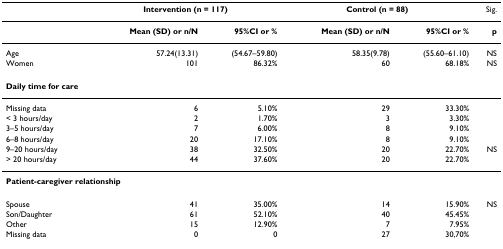
|  | <COLSPAN=2> Intervention (n = 117) | <COLSPAN=2> Control (n = 88) | Sig. |
 | --- | --- | --- | --- | --- | --- |
 |  | Mean (SD) or n/N | 95%CI or % | Mean (SD) or n/N | 95%CI or % | p |
 | Age | 57.24(13.31) | (54.67–59.80) | 58.35(9.78) | (55.60–61.10) | NS |
 | Women | 101 | 86.32% | 60 | 68.18% | NS |
 | <COLSPAN=6> Daily time for care |
 | Missing data | 6 | 5.10% | 29 | 33.30% |  |
 | < 3 hours/day | 2 | 1.70% | 3 | 3.30% |  |
 | 3–5 hours/day | 7 | 6.00% | 8 | 9.10% |  |
 | 6–8 hours/day | 20 | 17.10% | 8 | 9.10% |  |
 | 9–20 hours/day | 38 | 32.50% | 20 | 22.70% | NS |
 | > 20 hours/day | 44 | 37.60% | 20 | 22.70% |  |
 | <COLSPAN=6> Patient-caregiver relationship |
 | Spouse | 41 | 35.00% | 14 | 15.90% | NS |
 | Son/Daughter | 61 | 52.10% | 40 | 45.45% |  |
 | Other | 15 | 12.90% | 7 | 7.95% |  |
 | Missing data | 0 | 0 | 27 | 30,70% |  |